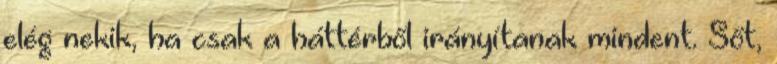
elég nekik, ha csak a háttérből irányítanak mindent. Sőt,